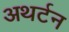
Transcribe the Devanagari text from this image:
अथर्टन